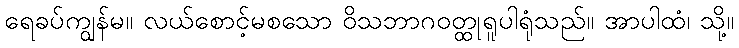
ရေခပ်ကျွန်မ။ လယ်စောင့်မစသော ဝိသဘာဂဝတ္ထုရူပါရုံသည်။ အာပါထံ၊ သို့။